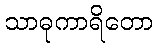
သာဓုကာရိတော